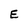
Character: E